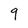
Character: 9